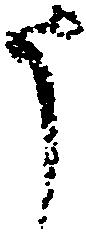
う